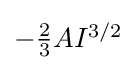
{\textstyle -{\frac {2}{3}}AI^{3/2}}